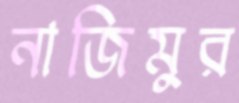
নাজিমুর